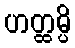
ဟတ္ထမ္ပိ